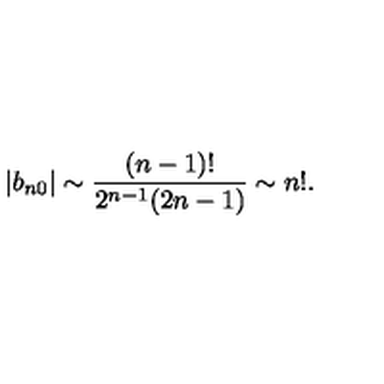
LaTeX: | b _ { n 0 } | \sim \frac { ( n - 1 ) ! } { 2 ^ { n - 1 } ( 2 n - 1 ) } \sim n ! .